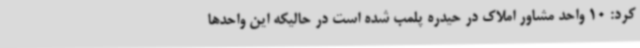
کرد: 10 واحد مشاور املاک در حیدره پلمب شده است در حالیکه این واحدها